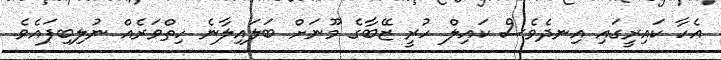
އެހާ ކައިރީގައި އިނދެވެސް ކައިލް ހުރީ ޒޭބާގެ މޫނަށް ބަލައިލާނެ ހިތްވަރެއް ނުލިބިފައެވެ.